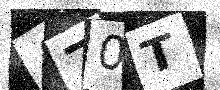
Text: A70T